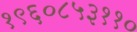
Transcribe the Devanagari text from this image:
१९६०८५३११०